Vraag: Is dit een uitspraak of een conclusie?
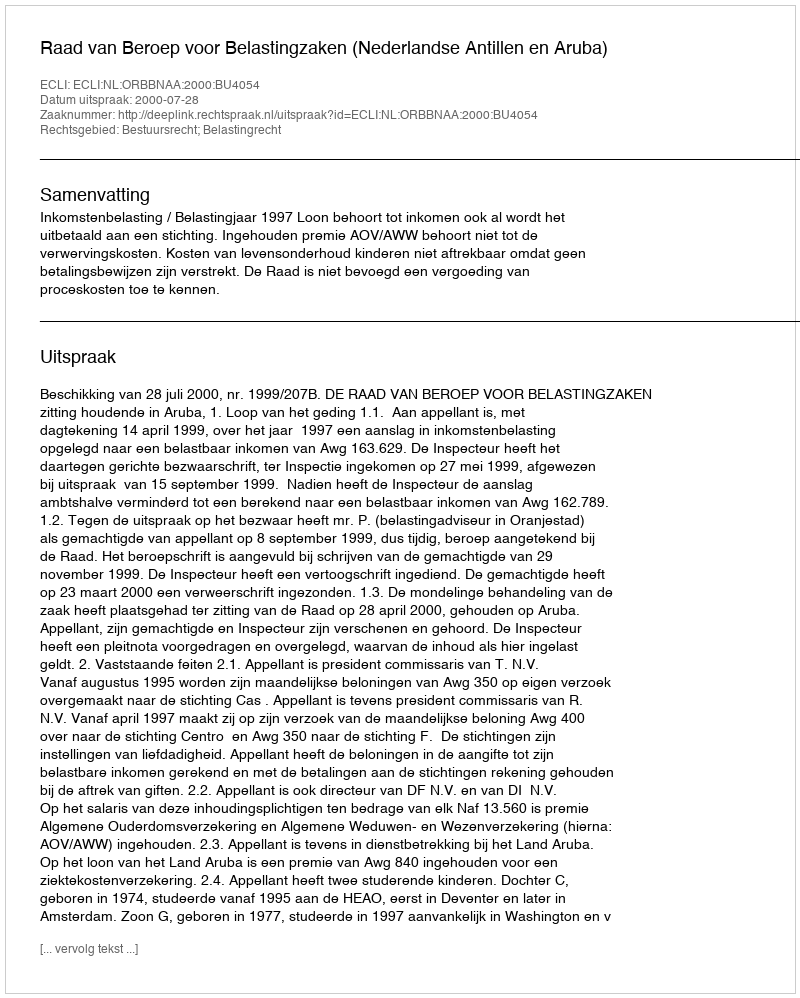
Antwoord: Uitspraak